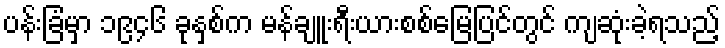
ပန်းခြံမှာ ၁၉၄၆ ခုနှစ်က မန်ချူးရီးယားစစ်မြေပြင်တွင် ကျဆုံးခဲ့ရသည့်